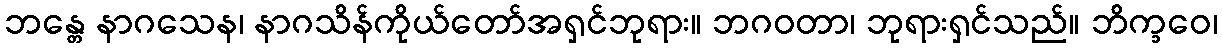
ဘန္တေ နာဂသေန၊ နာဂသိန်ကိုယ်တော်အရှင်ဘုရား။ ဘဂဝတာ၊ ဘုရားရှင်သည်။ ဘိက္ခဝေ၊